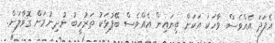
އެފަދަ އެއްވެސް ވާހަކަ އަކަށް ތިޔައިން އެއްވެސް ބޭފުޅަކު ތަރުހީބު ނުދިނުމަށް ގޮވާލަން.